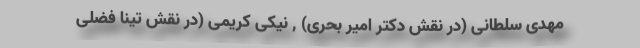
مهدی سلطانی (در نقش دکتر امیر بحری) , نیکی کریمی (در نقش تینا فضلی